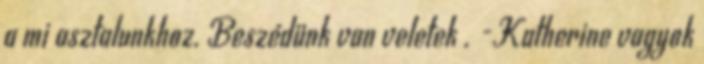
a mi asztalunkhoz. Beszédünk van veletek . -Katherine vagyok